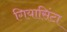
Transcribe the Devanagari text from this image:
गियासिंटा